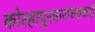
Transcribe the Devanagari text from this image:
कोल्हापूरकरांच्याकडे